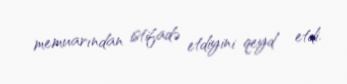
memuarından istifadə etdiyini qeyd etdi.